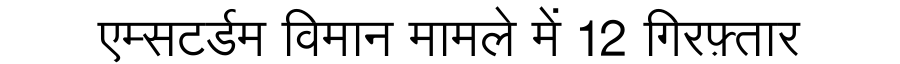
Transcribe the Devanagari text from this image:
एम्सटर्डम विमान मामले में 12 गिरफ़्तार